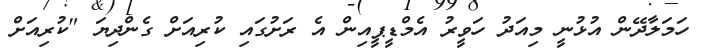
ހަމަލާދޭން އުޅުނީ މިއަދު ހަވީރު އެމްޑީޕީއިން އެ ރަށުގައި ކުރިއަށް ގެންދިޔަ "ކުރިއަށް